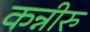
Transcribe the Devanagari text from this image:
कन्नीरु